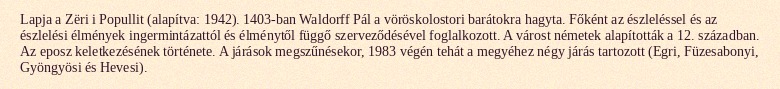
Lapja a Zëri i Popullit (alapítva: 1942). 1403-ban Waldorff Pál a vöröskolostori barátokra hagyta. Főként az észleléssel és az észlelési élmények ingermintázattól és élménytől függő szerveződésével foglalkozott. A várost németek alapították a 12. században. Az eposz keletkezésének története. A járások megszűnésekor, 1983 végén tehát a megyéhez négy járás tartozott (Egri, Füzesabonyi, Gyöngyösi és Hevesi).